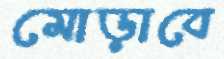
মোড়াবে